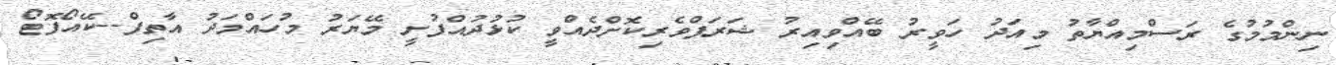
ނިންމުމުގެ ރަސްމިއްޔާތު މިއަދު ހަވީރު ބޭއްވިއިރު ޝަރަފްވެރިކޮށްދެއްވީ ކުޅުދުއްފުށީ މޭޔަރު މުހައްމަދު އާތިފް--ކޭއޯފޮޓޯ